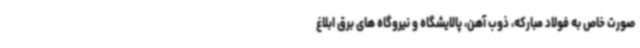
صورت خاص به فولاد مبارکه، ذوب آهن، پالایشگاه و نیروگاه های برق ابلاغ